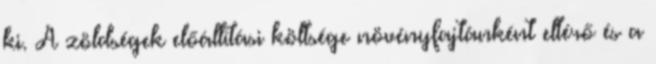
ki. A zöldségek előállítási költsége növényfajtánként eltérő és a